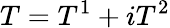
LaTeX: T=T^{1}+iT^{2}